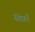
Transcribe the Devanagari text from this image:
स्तेफ़ाँ